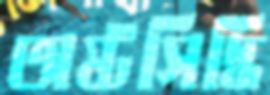
অষ্টসিদ্ধি